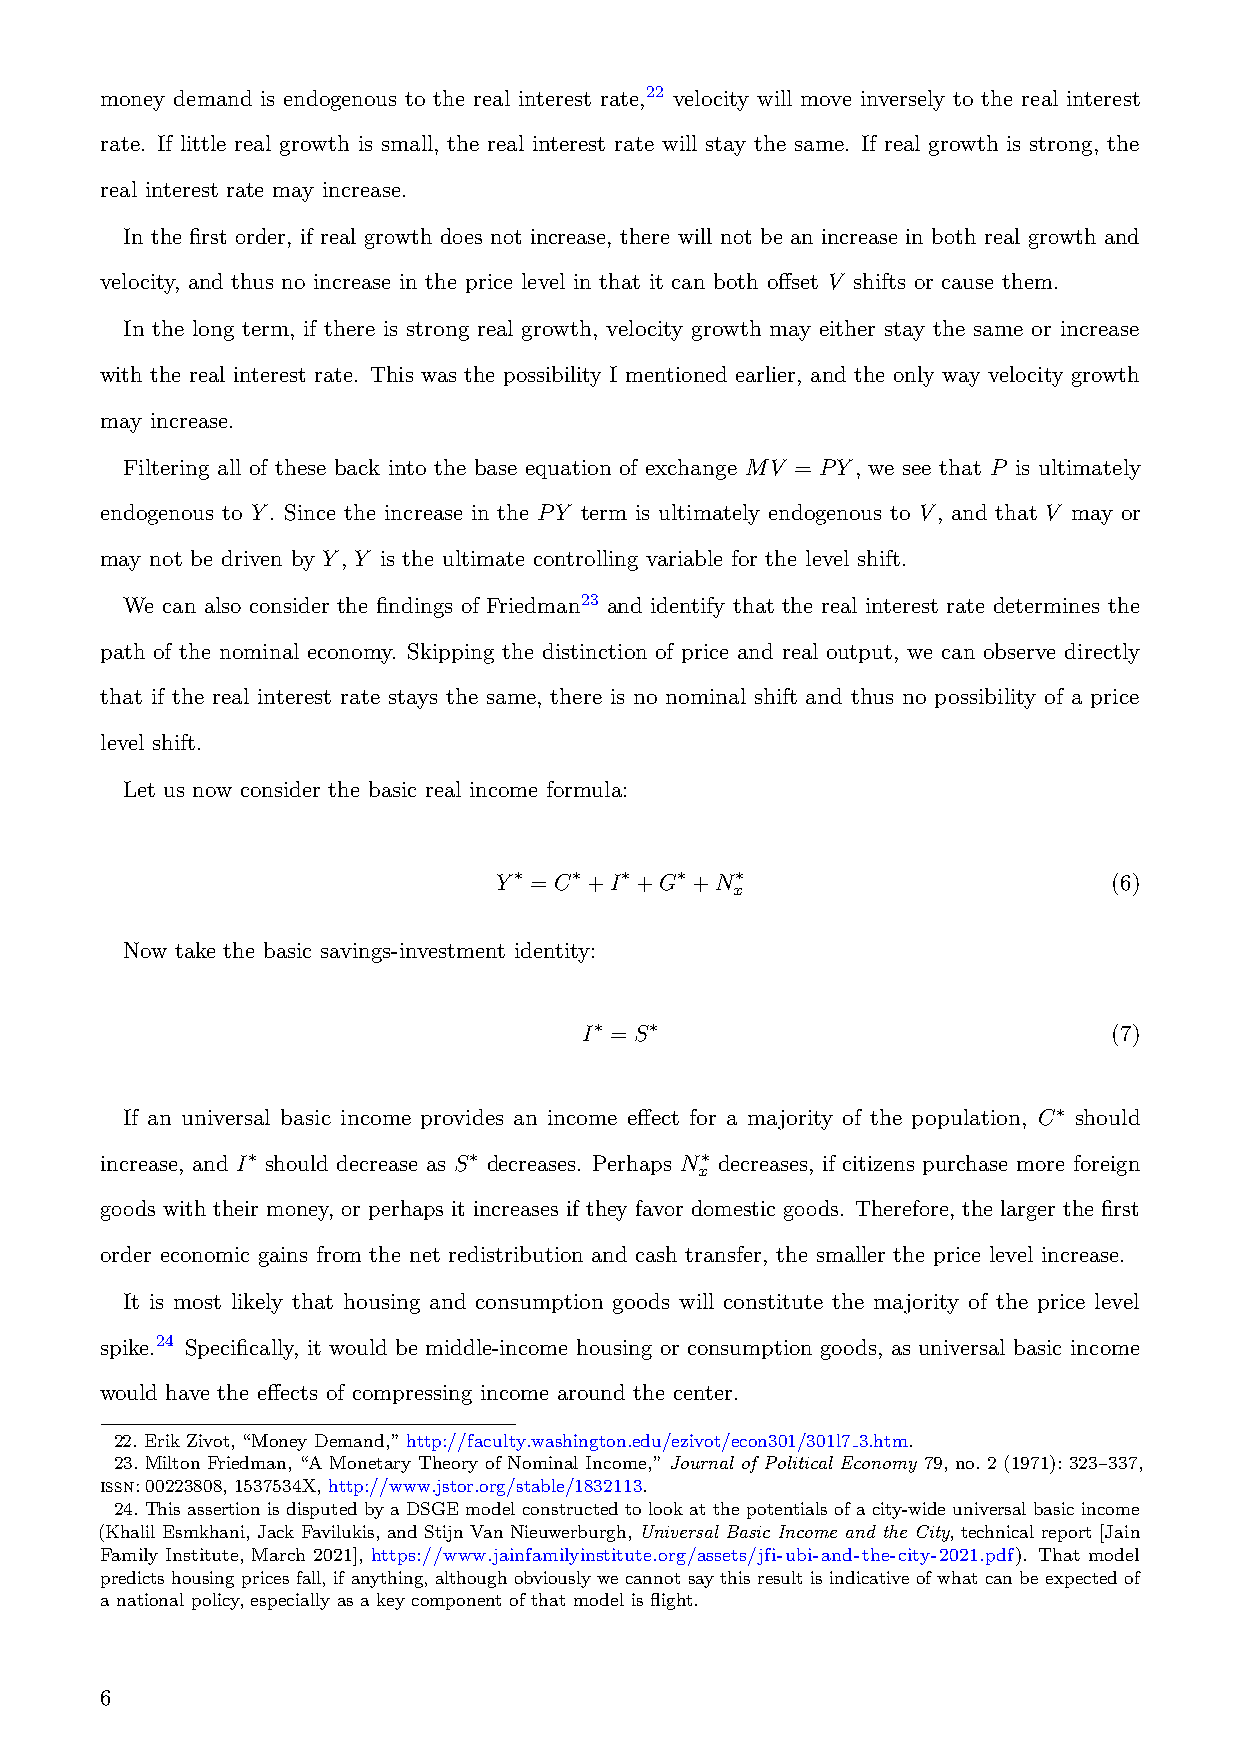
money demand is endogenous to the real interest rate,22 velocity will move inversely to the real interest
 rate. If little real growth is small, the real interest rate will stay the same. If real growth is strong, the
 real interest rate may increase.
 In the first order, if real growth does not increase, there will not be an increase in both real growth and
 velocity, and thus no increase in the price level in that it can both offset V shifts or cause them.
 In the long term, if there is strong real growth, velocity growth may either stay the same or increase
 with the real interest rate. This was the possibility I mentioned earlier, and the only way velocity growth
 may increase.
 Filtering all of these back into the base equation of exchange MV = PY, we see that P is ultimately
 endogenous to Y. Since the increase in the PY term is ultimately endogenous to V, and that V may or
 may not be driven by Y, Y is the ultimate controlling variable for the level shift.
 We can also consider the findings of Friedman23 and identify that the real interest rate determines the
 path of the nominal economy. Skipping the distinction of price and real output, we can observe directly
 that if the real interest rate stays the same, there is no nominal shift and thus no possibility of a price
 level shift.
 Let us now consider the basic real income formula:
 Y∗ = C∗+I∗+G∗+N∗                         (6)
 x
 Now take the basic savings-investment identity:
 I∗ = S∗                            (7)
 If an universal basic income provides an income effect for a majority of the population, C∗ should
 increase, and I∗ should decrease as S∗ decreases. Perhaps N∗ decreases, if citizens purchase more foreign
 x
 goods with their money, or perhaps it increases if they favor domestic goods. Therefore, the larger the first
 order economic gains from the net redistribution and cash transfer, the smaller the price level increase.
 It is most likely that housing and consumption goods will constitute the majority of the price level
 spike.24 Specifically, it would be middle-income housing or consumption goods, as universal basic income
 would have the effects of compressing income around the center.
 22. Erik Zivot, “Money Demand,” http://faculty.washington.edu/ezivot/econ301/301l7 3.htm.
 23. Milton Friedman, “A Monetary Theory of Nominal Income,” Journal of Political Economy 79, no. 2 (1971): 323–337,
 issn: 00223808, 1537534X, http://www.jstor.org/stable/1832113.
 24. This assertion is disputed by a DSGE model constructed to look at the potentials of a city-wide universal basic income
 (Khalil Esmkhani, Jack Favilukis, and Stijn Van Nieuwerburgh, Universal Basic Income and the City, technical report [Jain
 Family Institute, March 2021], https://www.jainfamilyinstitute.org/assets/jfi-ubi-and-the-city-2021.pdf). That model
 predicts housing prices fall, if anything, although obviously we cannot say this result is indicative of what can be expected of
 a national policy, especially as a key component of that model is flight.
 6